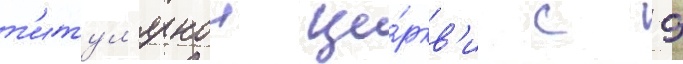
т'итул'ярнои це́ркв'и с 9